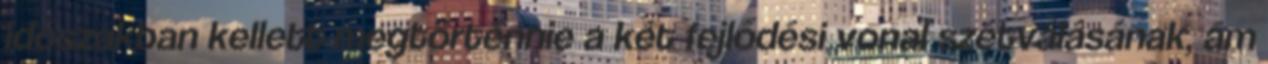
időszakban kellett megtörténnie a két fejlődési vonal szétválásának, ám